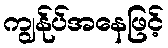
ကျွန်ုပ်အနေဖြင့်